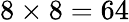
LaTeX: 8\times 8=64